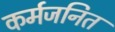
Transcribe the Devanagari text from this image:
कर्मजनित